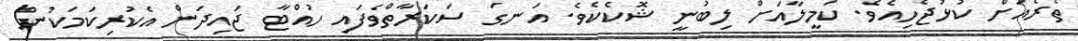
ތެރެއަށް ކުޅުޖެހިއެވެ. ކަމީލާއަށް ލިބުނީ ޝޮކެކެވެ. އަނގަ ސަކަރާތްވެފައި ހުއްޓާ ޖައިދަން އެކުރިކަމަކުން